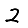
Digit: 2